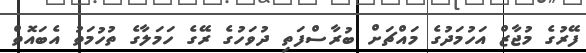
ފޭރުގެ މުޖާޒް އަހުމަދުގެ މައްޗަށް ބުރާސްފަތި ދުވަހުގެ ރޭގެ ހަމަލާގެ ތުހުމަތު އެބައޮތް